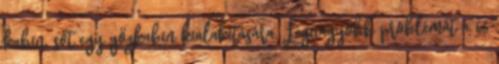
kabin, sőt egy gőzkabin kialakítására. Legnagyobb problémát a 66